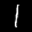
Digit: 1